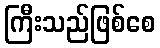
ကြီးသည်ဖြစ်စေ